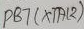
Text: PB7(XTAL2)